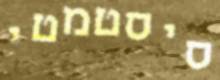
סיסטמטי